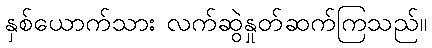
နှစ်ယောက်သား လက်ဆွဲနှုတ်ဆက်ကြသည်။